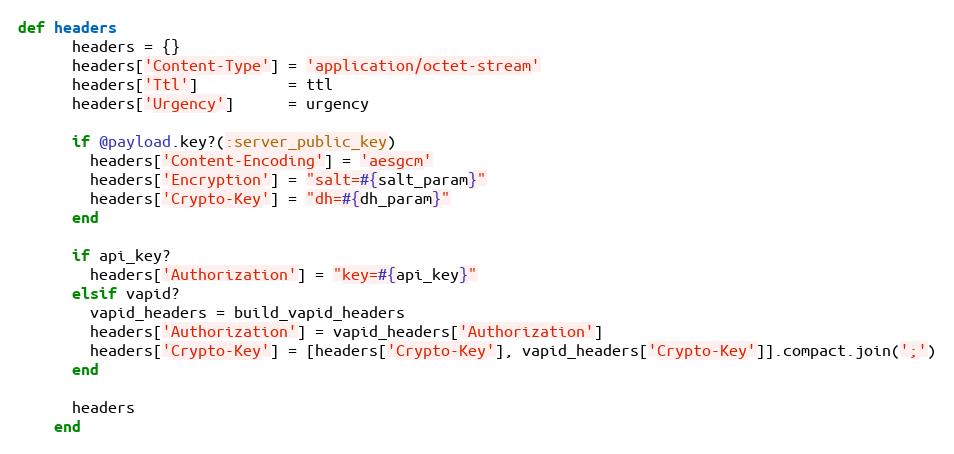
Language: Ruby
def headers
      headers = {}
      headers['Content-Type'] = 'application/octet-stream'
      headers['Ttl']          = ttl
      headers['Urgency']      = urgency

      if @payload.key?(:server_public_key)
        headers['Content-Encoding'] = 'aesgcm'
        headers['Encryption'] = "salt=#{salt_param}"
        headers['Crypto-Key'] = "dh=#{dh_param}"
      end

      if api_key?
        headers['Authorization'] = "key=#{api_key}"
      elsif vapid?
        vapid_headers = build_vapid_headers
        headers['Authorization'] = vapid_headers['Authorization']
        headers['Crypto-Key'] = [headers['Crypto-Key'], vapid_headers['Crypto-Key']].compact.join(';')
      end

      headers
    end